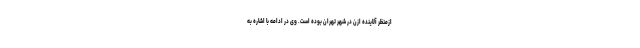
ازمنظر آلاینده ازن در شهر تهران بوده است. وی در ادامه با اشاره به